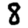
Digit: 8